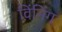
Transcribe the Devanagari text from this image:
विंनिंग